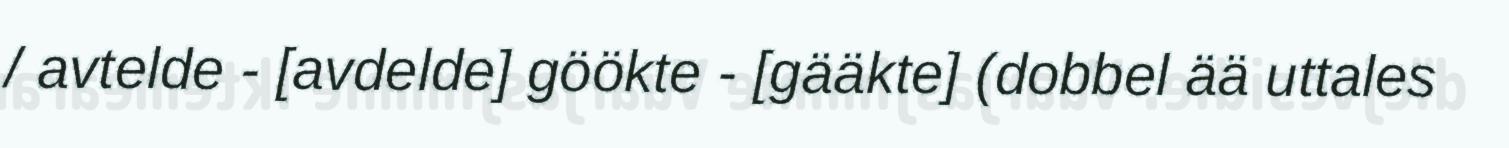
/ avtelde - [avdelde] göökte - [gääkte] (dobbel ää uttales